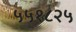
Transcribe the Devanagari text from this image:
५५१८२५